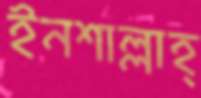
ইনশাল্লাহ্